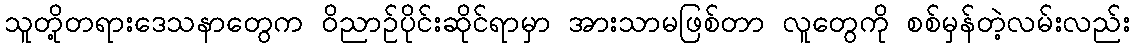
သူတို့တရားဒေသနာတွေက ဝိညာဉ်ပိုင်းဆိုင်ရာမှာ အားသာမဖြစ်တာ လူတွေကို စစ်မှန်တဲ့လမ်းလည်း